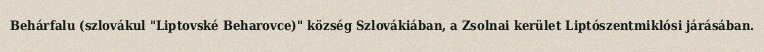
Behárfalu (szlovákul "Liptovské Beharovce)" község Szlovákiában, a Zsolnai kerület Liptószentmiklósi járásában.